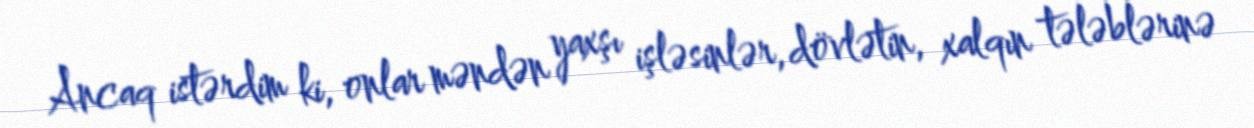
Ancaq istərdim ki, onlar məndən yaxşı işləsinlər, dövlətin, xalqın tələblərinə